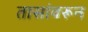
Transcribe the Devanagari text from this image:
तासांवरून